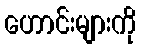
ဟောင်းများကို